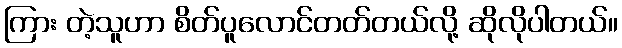
ကြား တဲ့သူဟာ စိတ်ပူလောင်တတ်တယ်လို့ ဆိုလိုပါတယ်။